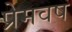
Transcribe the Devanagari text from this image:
प्रेमवष